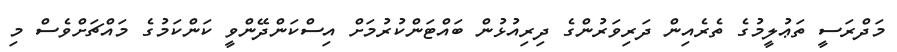
މަދްރަސީ ތަޢުލީމުގެ ތެރެއިން ދަރިވަރުންގެ ދިރިއުޅުން ބައްޓަންކުރުމަށް އިސްކަންދޭންވީ ކަންކަމުގެ މައްޗަށްވެސް މި